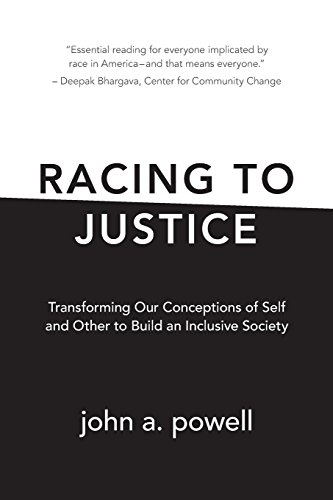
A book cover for Racing to Justice: Transforming Our Conceptions of Self and Other to Build an Inclusive Society; john a. powell; Law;